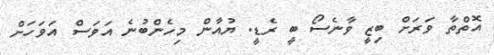
އޮތްތާ ވަރަށް ބިޒީ ވާނެސޯ ބީ ރެޑީ. ޔުއާން މިހެންބުނެ އަވަސް އަވަހަށް